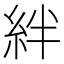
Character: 絆